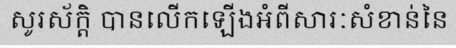
សូរស័ក្តិ បានលើកឡើងអំពីសារៈសំខាន់នៃ